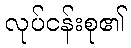
လုပ်ငန်းစု၏